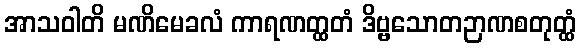
အာသဝါတိ မဏိမေခလံ ကာရဏတ္ထတံ ဒိဗ္ဗသောတဉာဏစတုတ္ထံ